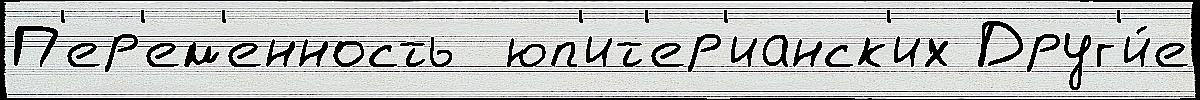
П'ер'ем'енность  юп'ит'ер'ианск'их Друг'и́е